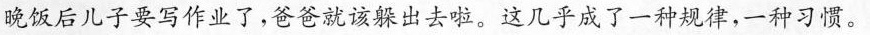
晚饭后儿子要写作业了，爸爸就该躲出去啦。这几乎成了一种规律，一种习惯。